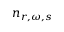
n _ { r , \omega , s }